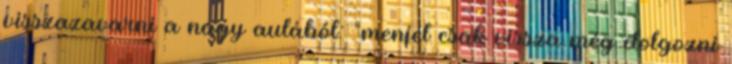
visszazavarni a nagy aulából: “menjél csak vissza még dolgozni